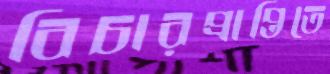
বিচারপ্রাপ্তিতে